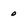
Character: 0